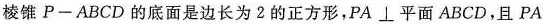
棱锥Р-ABCD的底面是边长为2的正方形，PA⊥平面ABCD，且PA